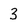
Character: 3